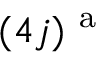
( 4 j ) ^ { \mathrm { ~ a ~ } }